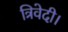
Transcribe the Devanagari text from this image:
त्रिवेदी।